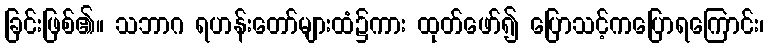
ခြင်းဖြစ်၏။ သဘာဂ ရဟန်းတော်များထံ၌ကား ထုတ်ဖော်၍ ပြောသင့်ကပြောရကြောင်း၊